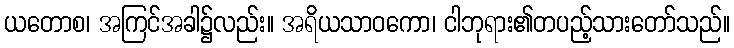
ယတောစ၊ အကြင်အခါ၌လည်း။ အရိယသာဝကော၊ ငါဘုရား၏တပည့်သားတော်သည်။